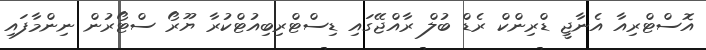
އޮސްޓްރިއާ އެނާޖީ ޑްރިންކް ރެޑް ބުލް ރާއްޖޭގައި ޑިސްޓްރިބިއުޓްކުރާ ޔޫރޯ ސްޓޯރުން ނިންމާފައި